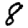
Digit: 8